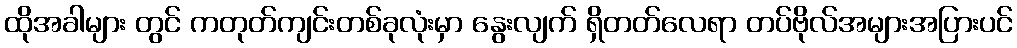
ထိုအခါများ တွင် ကတုတ်ကျင်းတစ်ခုလုံးမှာ နွေးလျက် ရှိတတ်လေရာ တပ်ဗိုလ်အများအပြားပင်